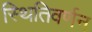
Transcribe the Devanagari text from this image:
स्थितिवर्णन